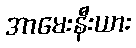
အာမေးနီးယား